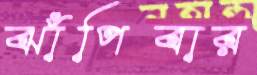
ঝাঁপিবার